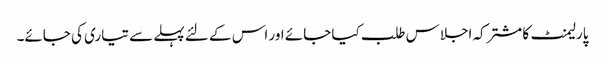
پارلیمنٹ کا مشترکہ اجلاس طلب کیا جائے اور اس کے لئے پہلے سے تیاری کی جائے۔